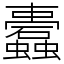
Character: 蠹